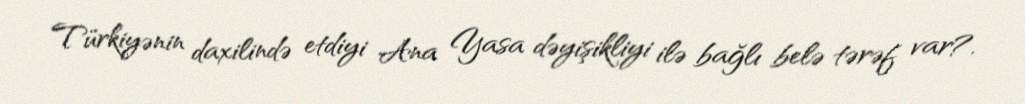
Türkiyənin daxilində etdiyi Ana Yasa dəyişikliyi ilə bağlı belə tərəf var?.